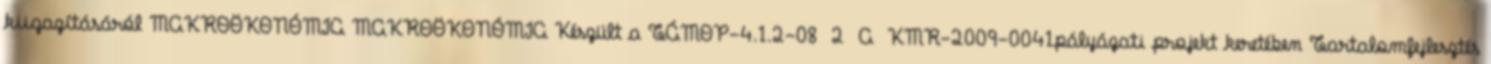
kiigazításáról MAKROÖKONÓMIA MAKROÖKONÓMIA Készült a TÁMOP-4.1.2-08 2 A KMR-2009-0041pályázati projekt keretében Tartalomfejlesztés